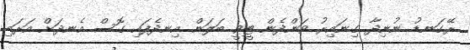
ރޭގަނޑު ނުނިދާ ގިނައިރު ވަންދެން ޓީވީ ބަލަން އިނދެފައި ގޮސް އެނދަށް އަރައި